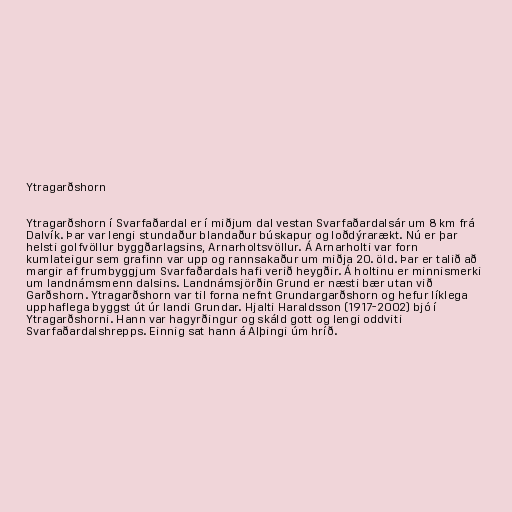
Ytragarðshorn

Ytragarðshorn í Svarfaðardal er í miðjum dal vestan Svarfaðardalsár um 8 km frá
Dalvík. Þar var lengi stundaður blandaður búskapur og loðdýrarækt. Nú er þar
helsti golfvöllur byggðarlagsins, Arnarholtsvöllur. Á Arnarholti var forn
kumlateigur sem grafinn var upp og rannsakaður um miðja 20. öld. Þar er talið að
margir af frumbyggjum Svarfaðardals hafi verið heygðir. Á holtinu er minnismerki
um landnámsmenn dalsins. Landnámsjörðin Grund er næsti bær utan við
Garðshorn. Ytragarðshorn var til forna nefnt Grundargarðshorn og hefur líklega
upphaflega byggst út úr landi Grundar. Hjalti Haraldsson (1917-2002) bjó í
Ytragarðshorni. Hann var hagyrðingur og skáld gott og lengi oddviti
Svarfaðardalshrepps. Einnig sat hann á Alþingi úm hríð.